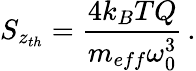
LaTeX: S_{z_{th}}=\frac{4k_{B}TQ}{m_{eff}\omega_{0}^{3}}\, .